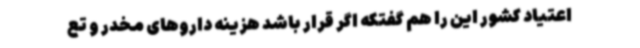
اعتیاد کشور این را هم گفتکه اگر قرار باشد هزینه داروهای مخدر و تع